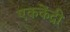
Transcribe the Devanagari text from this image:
एककेंद्री